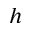
h